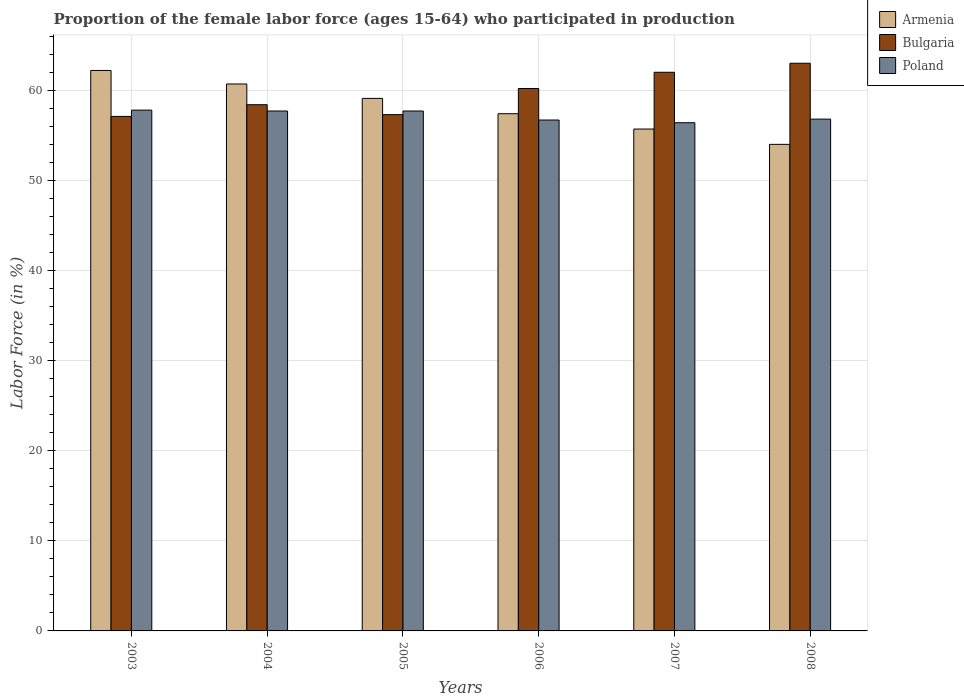
| Years | Armenia | Bulgaria | Poland |
 | --- | --- | --- | --- |
 | 2003 | 62.2 | 57.1 | 57.8 |
 | 2004 | 60.7 | 58.4 | 57.7 |
 | 2005 | 59.1 | 57.3 | 57.7 |
 | 2006 | 57.4 | 60.2 | 56.7 |
 | 2007 | 55.7 | 62 | 56.4 |
 | 2008 | 54 | 63 | 56.8 |